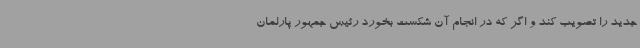
جدید را تصویب کند و اگر که در انجام آن شکست بخورد رئیس جمهور پارلمان